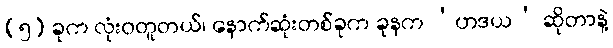
(၅) ခုက လုံးဝတူတယ်၊ နောက်ဆုံးတစ်ခုက ခုနက ‘ဟဒယ’ ဆိုတာနဲ့